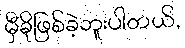
မှီခိုဖြစ်ခဲ့ဘူးပါတယ်,